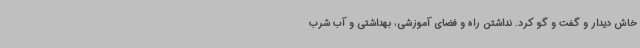
خاش دیدار و گفت و گو کرد. نداشتن راه و فضای آموزشی، بهداشتی و آب شرب